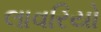
લાવરિયો